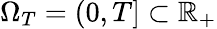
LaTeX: \Omega_{T}=(0,T]\subset\mathbb{R}_{+}